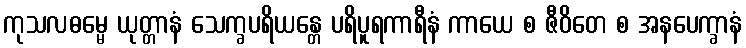
ကုသလဓမ္မေ ယုတ္တာနံ သေက္ခပရိယန္တေ ပရိပူရကာရီနံ ကာယေ စ ဇီဝိတေ စ အနပေက္ခာနံ